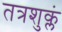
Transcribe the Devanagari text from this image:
तत्रशुक्लं